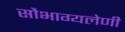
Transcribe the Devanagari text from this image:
सौभाग्यलेणी